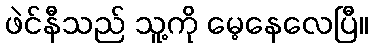
ဖဲင်နီသည် သူ့ကို မေ့နေလေပြီ။